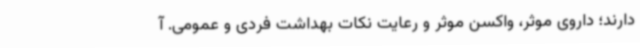
دارند؛ داروی موثر، واکسن موثر و رعایت نکات بهداشت فردی و عمومی. آ